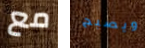
مع ويصبح